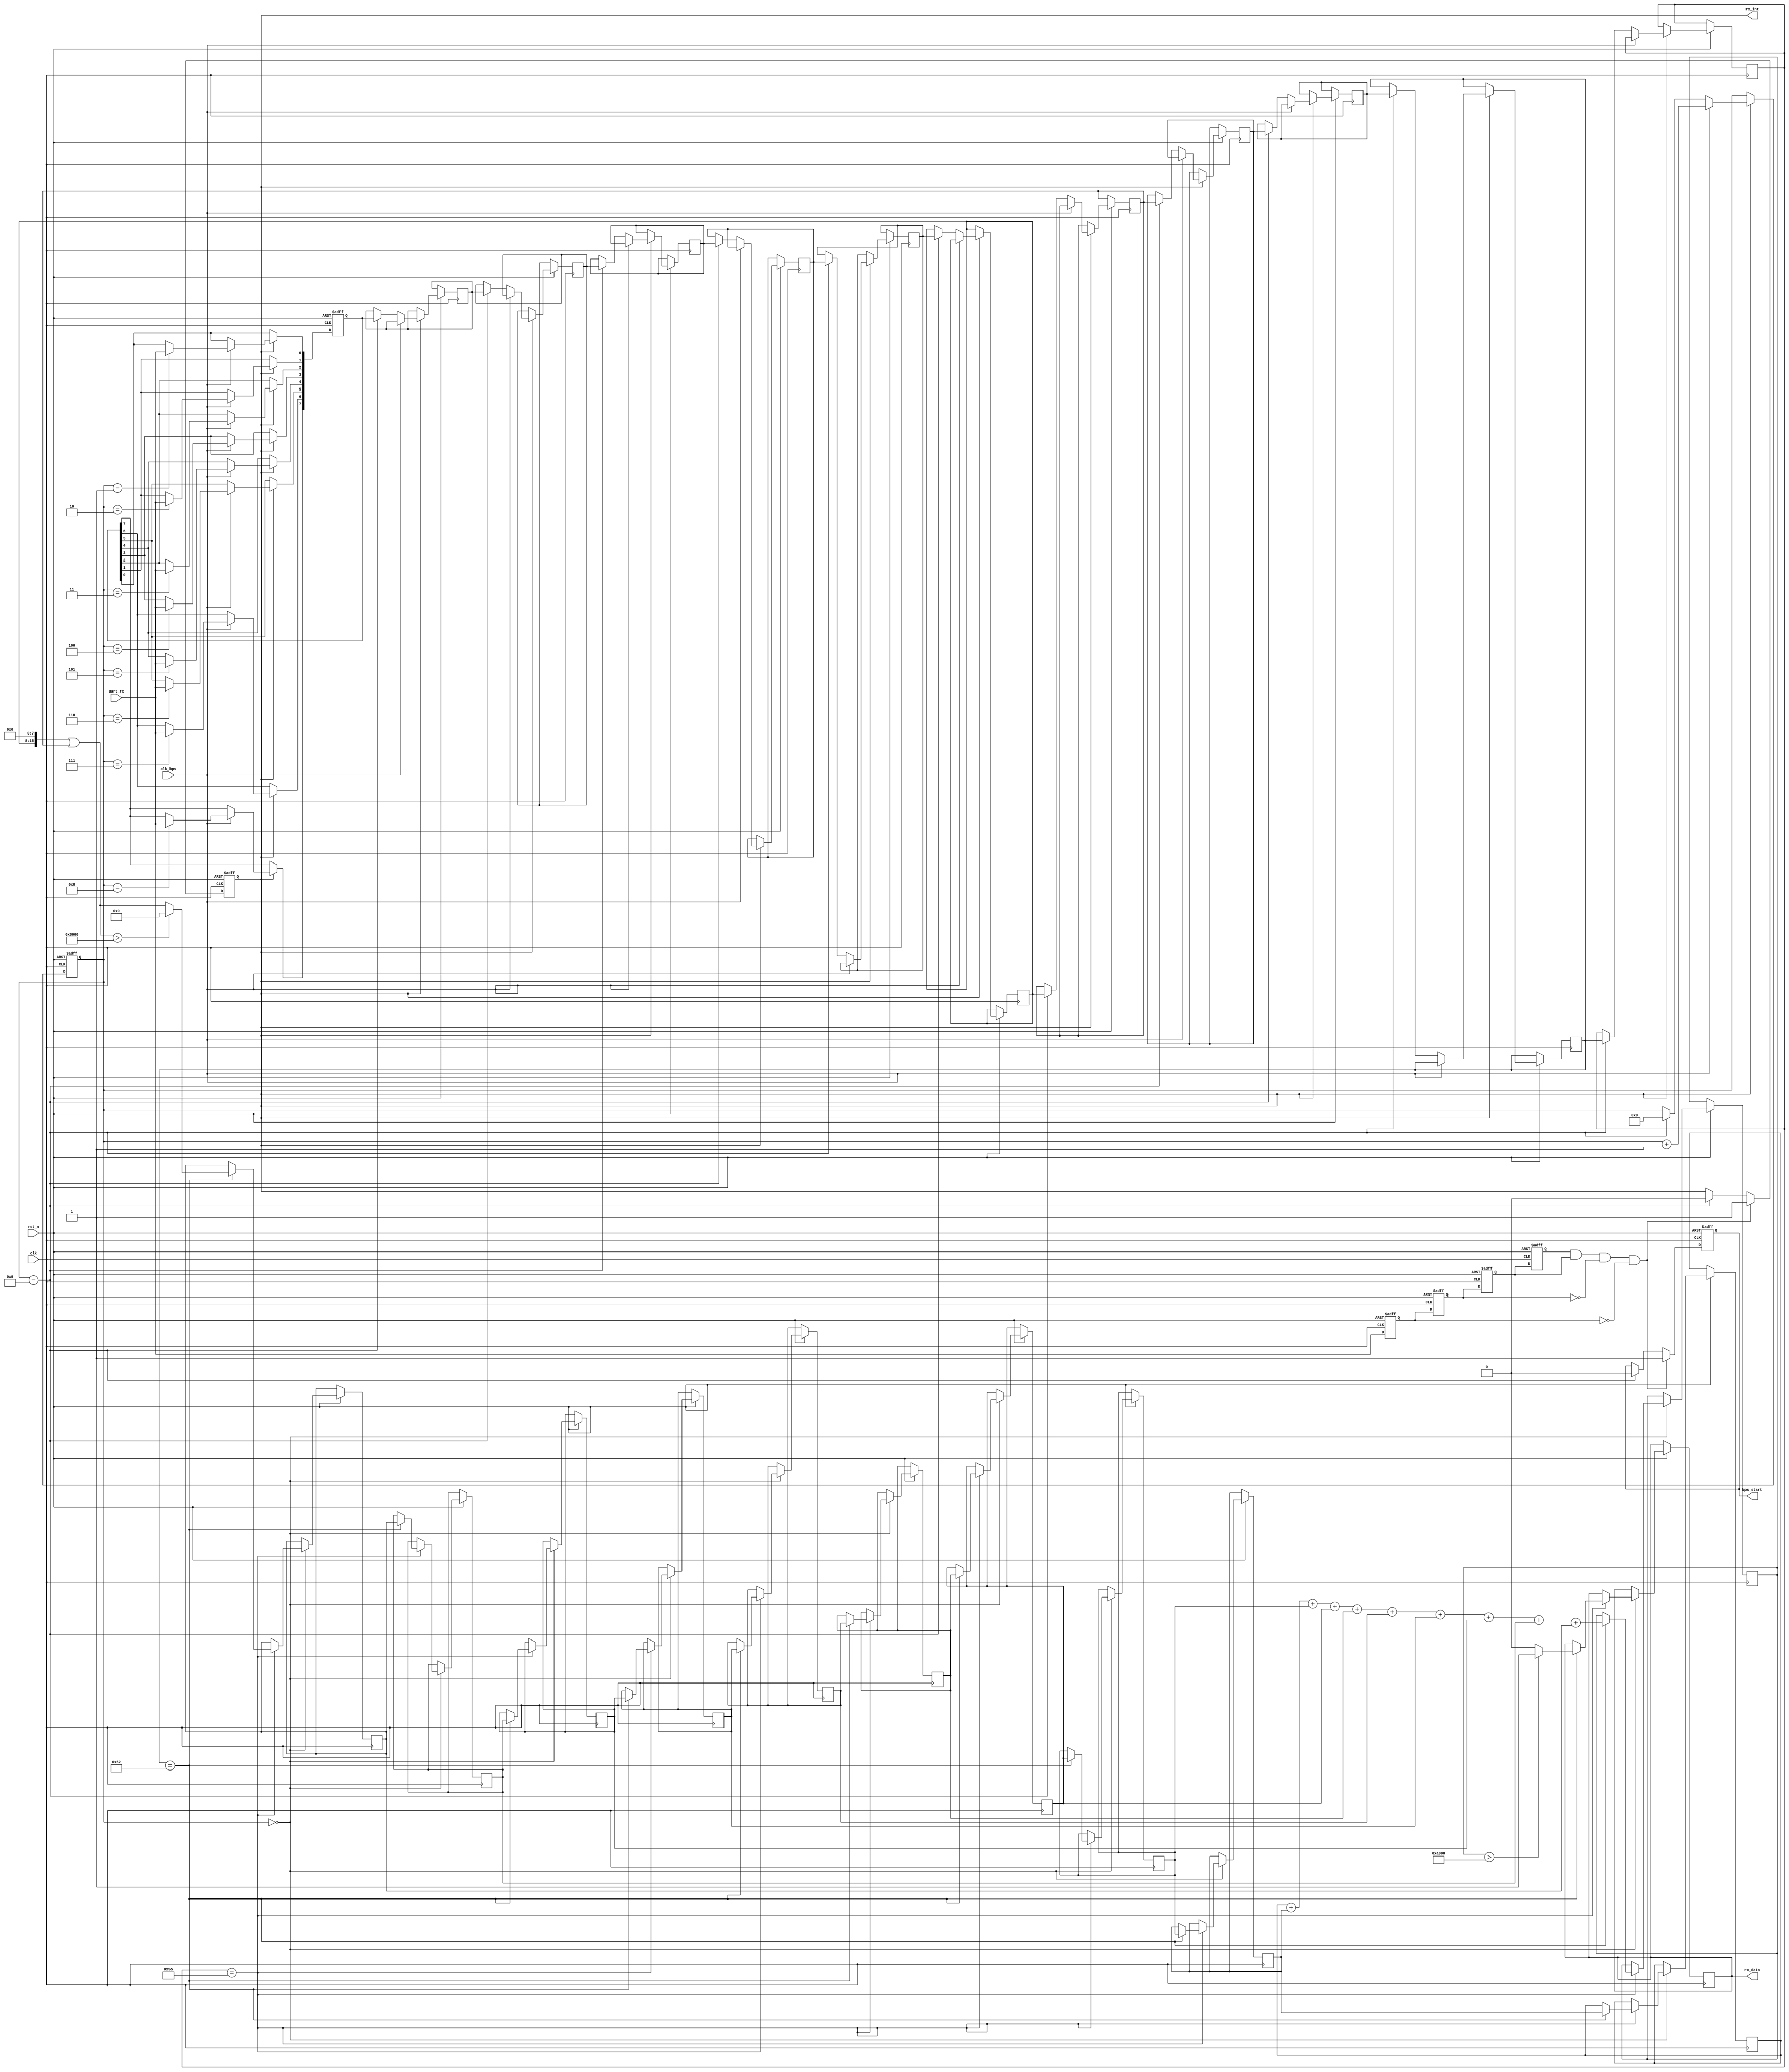
module my_uart_rx_2
(
	input			clk,		//25MHzʱ
	input			rst_n,		//͵ƽλź
	input			uart_rx,	//ź
	output	     	rx_data,	//ݼĴֱһ
	output			rx_int,		//жź,յڼʼΪߵƽ
	input			clk_bps,	//clk_bpsĸߵƽΪջ߷λм
	output			bps_start	//յݺ󣬲ʱźλ
);

//----------------------------------------------------------------
reg		uart_rx0,uart_rx1,uart_rx2,uart_rx3;	//ݼĴ
wire	neg_uart_rx;							
reg    [7:0] rx_data_11 [11:0];
reg    [7:0] rx_data_0,rx_data_1,rx_data_2,rx_data_3,rx_data_4,rx_data_5,rx_data_6,rx_data_7,rx_data_8,rx_data_9,rx_data_10;
reg    [3:0] count;
reg          T;
reg    [15:0] a_x,a_y,a_z,w_x,w_y,w_z,roll_x,pitch_y,yaw_z;
reg    [15:0] w_y1,w_y2,w_y3,w_y4,w_y5,w_y6,w_y7,w_y8,w_y9,w_y10;

always @ (posedge clk or negedge rst_n)
begin 
	if(!rst_n) 
    begin
		uart_rx0 <= 1'b0;
		uart_rx1 <= 1'b0;
		uart_rx2 <= 1'b0;
		uart_rx3 <= 1'b0;
	end
	else 
    begin
		uart_rx0 <= uart_rx;
		uart_rx1 <= uart_rx0;
		uart_rx2 <= uart_rx1;
		uart_rx3 <= uart_rx2;
	end
end

assign neg_uart_rx = uart_rx3 & uart_rx2 & ~uart_rx1 & ~uart_rx0;	//յ½غneg_uart_rxøһʱ

//----------------------------------------------------------------
reg 		bps_start_r;
reg	[3:0] 	num;	
reg 		rx_int;		//жź,յڼʼΪߵƽ

always @ (posedge clk or negedge rst_n)
begin
	if(!rst_n)  
    begin
		bps_start_r <= 1'bz;
		rx_int 		<= 1'b0;
	end
	else if(neg_uart_rx) 
    begin	                    //յڽuart_rx½ر־ź  
		bps_start_r <= 1'b1;	//׼ݽ   
		rx_int 		<= 1'b1;	//жźʹ
	end
	else if(num == 4'd9) 
    begin	                    //Ϣ
		bps_start_r <= 1'b0;	//ݽϣͷŲź
		rx_int 		<= 1'b0;	//жźŹر
	end
end

assign bps_start = bps_start_r;

//----------------------------------------------------------------
reg	[7:0]	rx_data_r;		//ڽݼĴ
reg	[7:0]	rx_temp_data;	//ǰݼĴ

always @ (posedge clk or negedge rst_n)
begin
	if(!rst_n) 
    begin
		rx_temp_data 	<= 8'd0;
		num 			<= 4'd0;
		rx_data_r 		<= 8'd0;
	end
	else if(rx_int) 
    begin	                //ݴ
		if(clk_bps) 
        begin	            	
			num <= num+1'b1;
			case (num)
				4'd1: rx_temp_data[0] <= uart_rx;	//0bit
				4'd2: rx_temp_data[1] <= uart_rx;	//1bit
				4'd3: rx_temp_data[2] <= uart_rx;	//2bit
				4'd4: rx_temp_data[3] <= uart_rx;	//3bit
				4'd5: rx_temp_data[4] <= uart_rx;	//4bit
				4'd6: rx_temp_data[5] <= uart_rx;	//5bit
				4'd7: rx_temp_data[6] <= uart_rx;	//6bit
				4'd8: rx_temp_data[7] <= uart_rx;	//7bit
				default: ;
			endcase
		end
		else if(num == 4'd9) 
        begin		
			num			<= 4'd0;			//յSTOPλ,num
			//rx_data_r	<= rx_temp_data;	
			rx_data_0   <=rx_temp_data;        //浽ݼĴrx_data_x
			rx_data_1   <=rx_data_0;
		    rx_data_2   <=rx_data_1;
			rx_data_3   <=rx_data_2;
			rx_data_4   <=rx_data_3;
			rx_data_5   <=rx_data_4;
			rx_data_6   <=rx_data_5;
			rx_data_7   <=rx_data_6;
			rx_data_8   <=rx_data_7;
			rx_data_9   <=rx_data_8;
			rx_data_10  <=rx_data_9;
			
			
		end
	end
end

//assign rx_data = rx_data_r;	



always @(posedge clk or negedge rst_n)
begin
 if(!rst_n)
      begin
  
      end
       
      else if(num == 4'd0)	
      begin
           if(rx_data_10==8'h55)
			  begin
			
		
		  
		      case (rx_data_9)
		      8'h51:
		             begin
		            // a_x <= ((rx_data_7<<8)| rx_data_8);      //Xٶ
                    // a_y <= ((rx_data_5<<8)| rx_data_6);     //Yٶ
                    // a_z <= ((rx_data_3<<8)| rx_data_4);      //Zٶ
                    // T   <= rx_data_1;      //¶
                     end
		      8'h52:
		             begin
		           //  w_x <= ((rx_data_7<<8)| rx_data_8);      //Xٶ
		          
                     //w_y <= ((rx_data_5)<<8|rx_data_6);      //Yٶ
                  if(((rx_data_5)<<8|rx_data_6)>16'h8000)w_y<=16'h0000;
                  else w_y<=((rx_data_5)<<8|rx_data_6);
                     w_y1 <=  w_y;
                     w_y2 <=  w_y1;
                     w_y3 <=  w_y2;
                     w_y4 <=  w_y3;
                     w_y5 <=  w_y4;
                     w_y6 <=  w_y5;  
                     w_y7 <=  w_y6;
                     w_y8 <=  w_y7;
                     w_y9 <=  w_y8;
                     w_y10<=  w_y9+w_y8+w_y7+w_y6+w_y5+w_y4+w_y3+w_y2+w_y1+w_y;
                     
                   if(w_y10>16'hA000)T<=1'b1;
                    else T<=1'b0;
                    // w_z <= ((rx_data_3<<8)| rx_data_4);      //Zٶ
                   //  T   <= ((rx_data_1<<8)| rx_data_2);      //¶
                     end
		      8'h53:
		             begin
		             // roll_x <= ((rx_data_7<<8)| rx_data_8);      //X
                    // pitch_y <= ((rx_data_5<<8)| rx_data_6);      //YǶ
                    // yaw_z <= ((rx_data_3<<8)| rx_data_4);      //ZǶ
                    // T   <= ((rx_data_1<<8)| rx_data_2);      //¶
		
                      end
                      endcase
			  end
			   
	  end  
        
end
assign rx_data = T;
    
  
endmodule